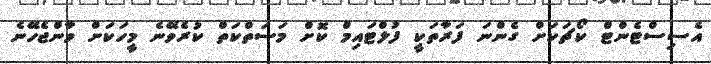
އެސިސްޓެންޓް ކޯޗަކަށް ގެންނަ ފަރާތަކީ ފުލްޓައިމް ކޮށް މަސަތްކަތް ކުރެވޭނެ މީހަކަށް ވާންޖެހޭނެ